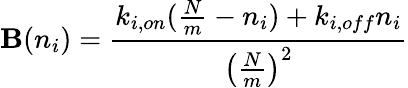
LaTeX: \mathbf{B}(n_{i})=\frac{{k_{i,on}(\frac{{N}}{{m}}-n_{i})+k_{i,off}n_{i}}}{{\left(\frac{{N}}{{m}}\right)^{2}}}